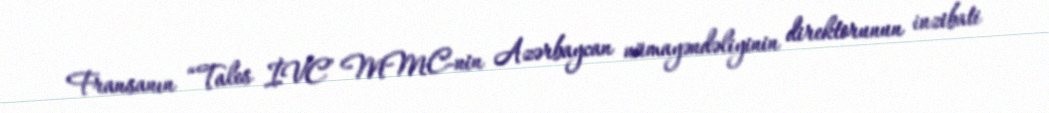
Fransanın “Tales İVC” MMC-nin Azərbaycan nümayəndəliyinin direktorunun inzibati